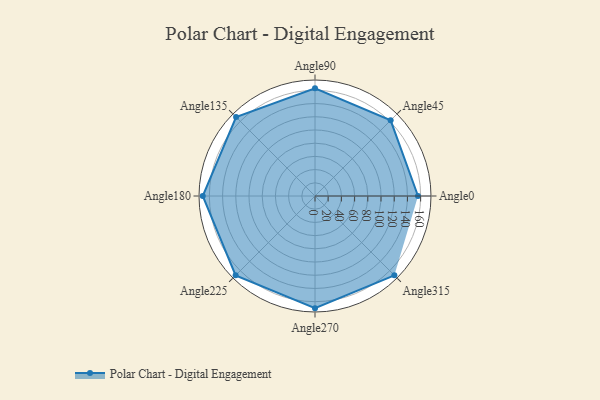
{"axis": {"x": "Angle", "y": "Radius"}, "legend": [""], "data": [{"x": "Angle0", "y": 156.0, "type": ""}, {"x": "Angle45", "y": 162.0, "type": ""}, {"x": "Angle90", "y": 163.0, "type": ""}, {"x": "Angle135", "y": 169.0, "type": ""}, {"x": "Angle180", "y": 170, "type": ""}, {"x": "Angle225", "y": 170, "type": ""}, {"x": "Angle270", "y": 170, "type": ""}, {"x": "Angle315", "y": 170, "type": ""}]}